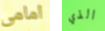
امامى الذي